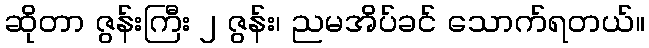
ဆိုတာ ဇွန်းကြီး ၂ ဇွန်း၊ ညမအိပ်ခင် သောက်ရတယ်။